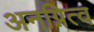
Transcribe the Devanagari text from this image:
अनग्नित्व